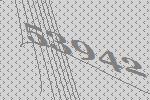
53942